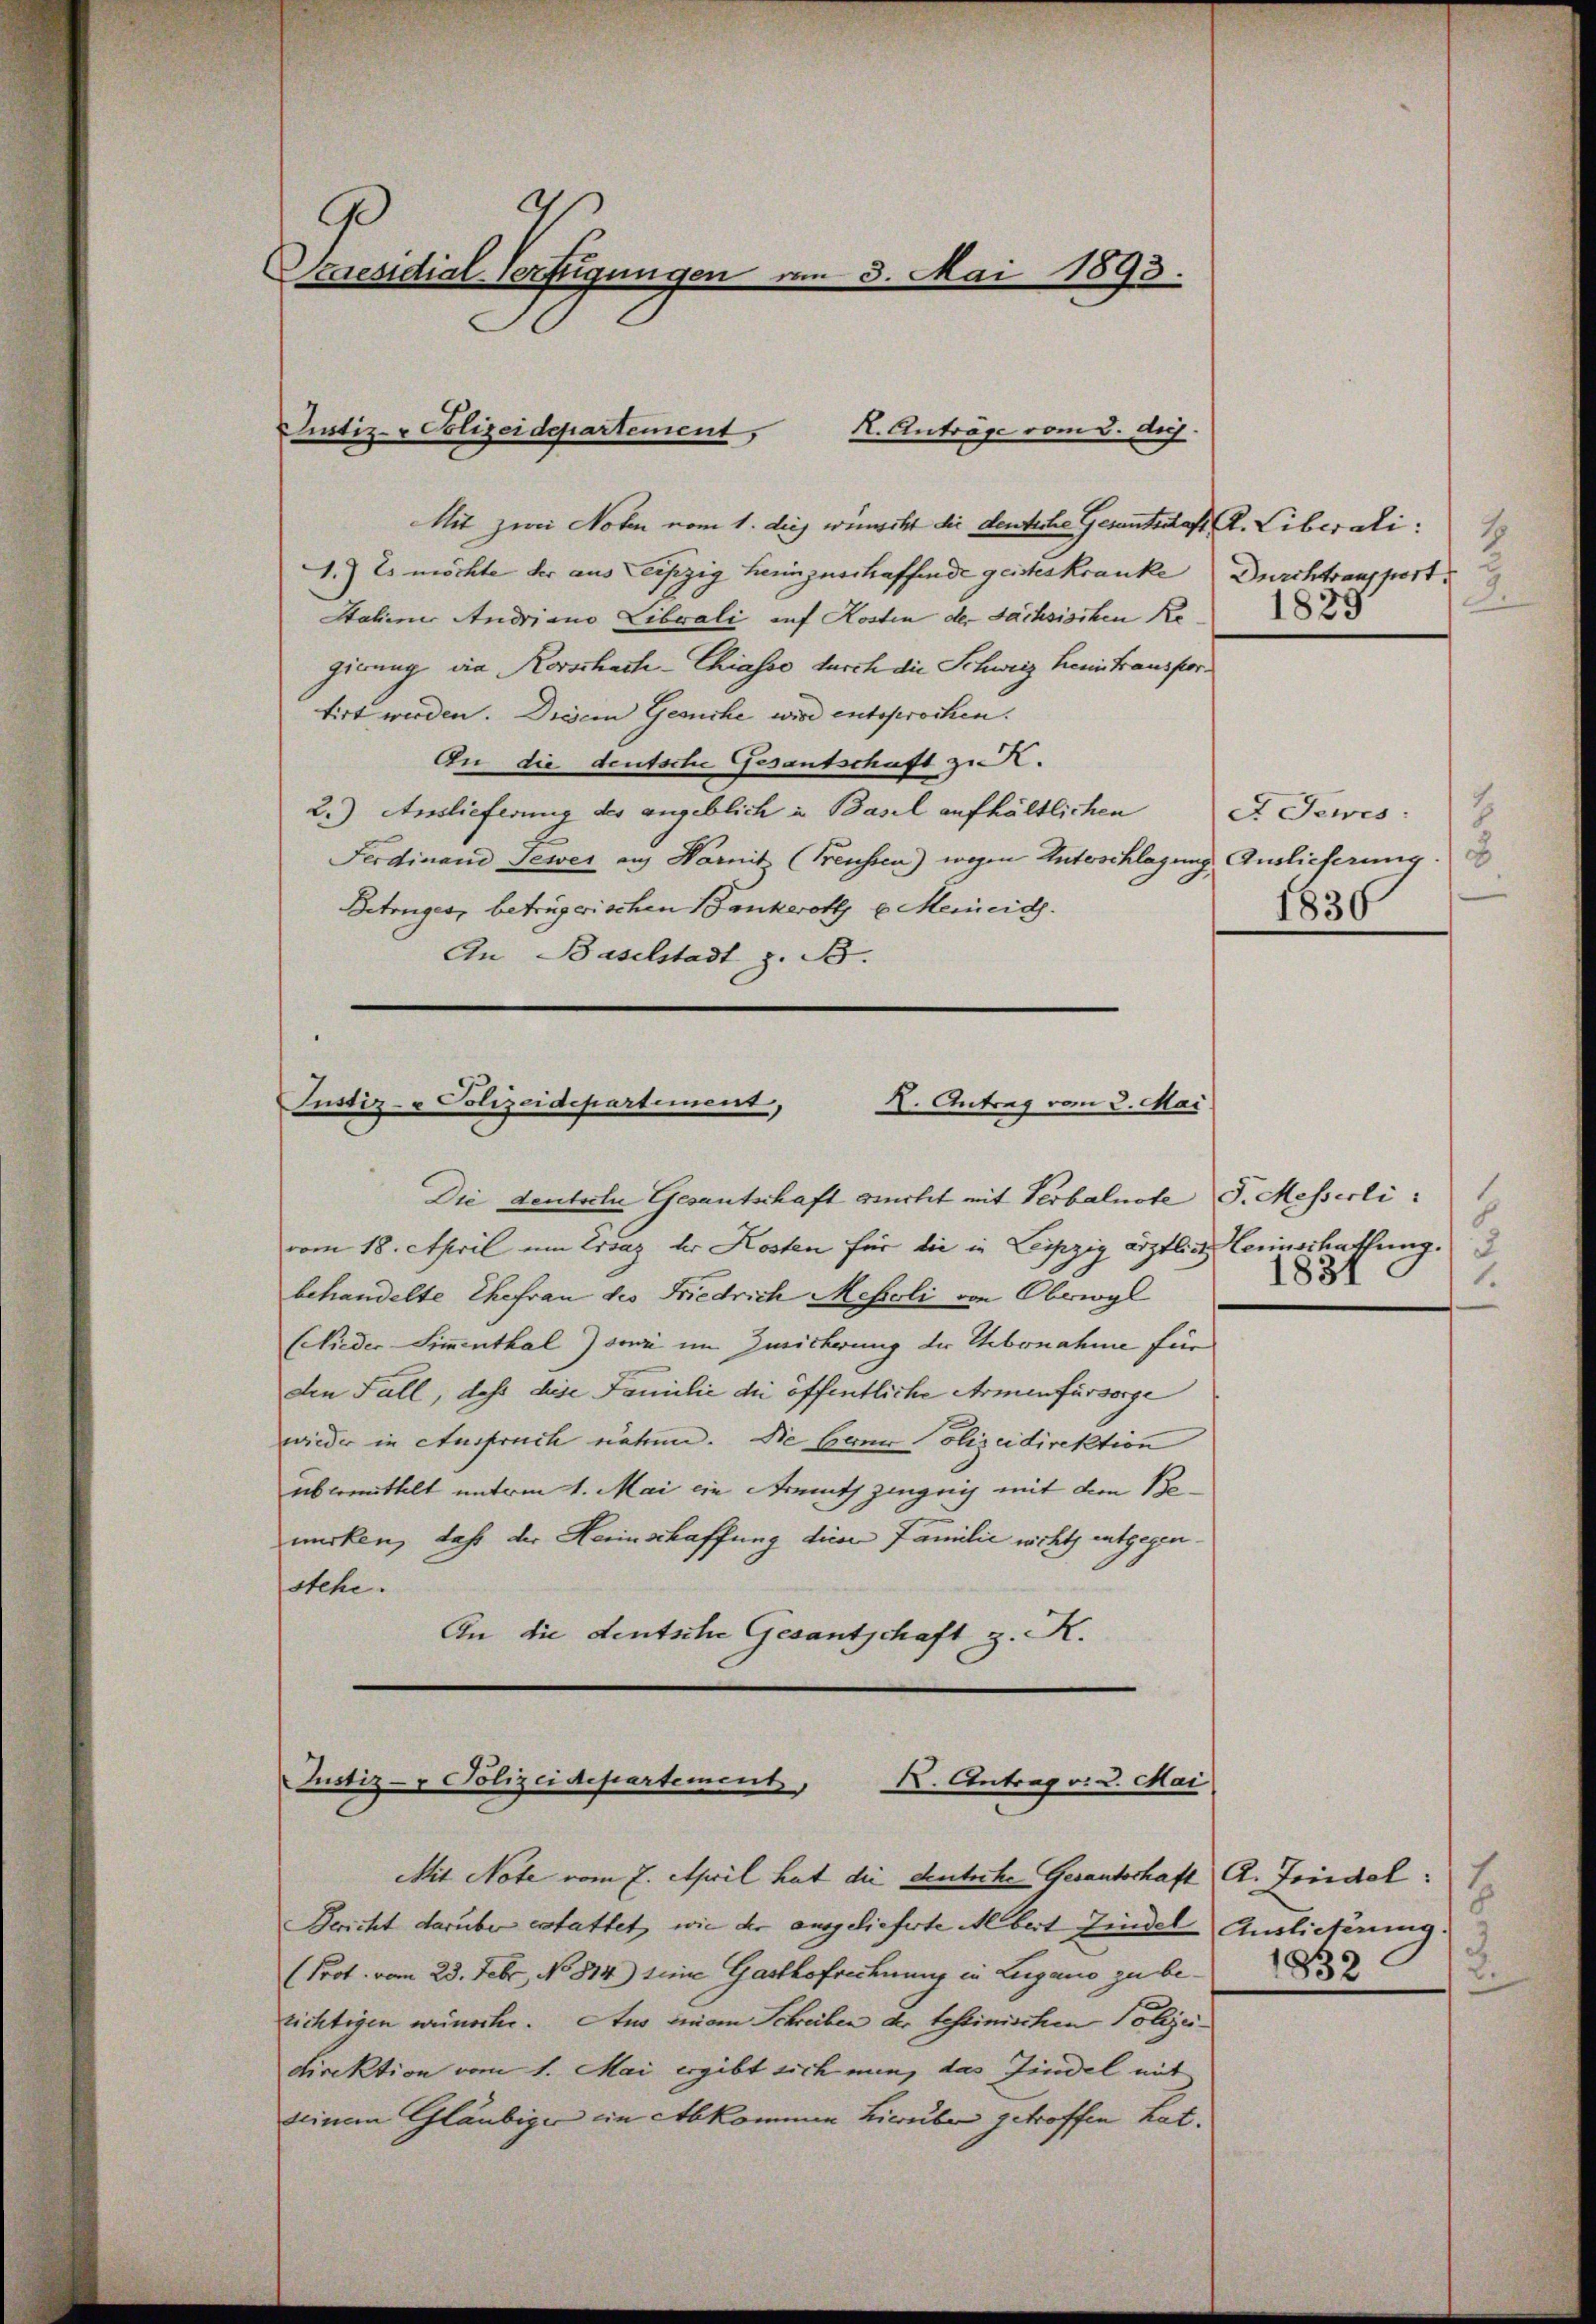
G
Praesidial-Verfügungen vom 3. Mai 1893.

K. Anträge vom 2. Aug.
Justiz-Polizeidepartement,

Mit zwei Noten vom 1. des wünscht die deutsche Gesantritt A. Liberali:
1.) Es möchte der aus einzig heimzuschaffende geisteskranke Durchtransport
Stahenes Andriano Liberali auf Kosten der Sachsischen Re
gierung die Korschach-Chiasso durch die Schweiz heimtransportirt werden. Diesem Gesuche wird entsprochen.
An die deutsche Gesantschaft zu K.
2.) Auslieferung der angeblich in Basel aufhältlichen
et Jowes.
Ferdinand Tewer auf Harnit (Freussen) wegen Unterschlagung Auslieferung.
Betrugen, betrügerischen Bankerott u. Meinert.
An Baselstadt z. B.

Justiz- & Polizeidepartement,
X. Antrag vom 2. Mai

Die deutsche Gesantschaft sicht mit Verbalnote J. Messerli
vom 18. April um Ersaz der Kosten für die in Leipzig ärztlich einschaffung.
behandelte Ehefrau des Friedrich Mesoli von Oberwyl
(Wieder Simmenthal Jona im Zwickerung der Uebernahme für
den Fall, dass diese Familie die öffentliche Armenfürsorge
wieder in Ausfruch nähen. Sie bene Polizeidirektion
übermittelt unterm 1. Mai ein Armuth zeugnis mit dem Bemirken, daß der Herinschaffung diese Familie nicht entgegenstehe.
An die deutsche Gesantschaft z. K.

Justiz- & Polizei Repartement
X. Antrag v. u. Mai
Mit Note vom 7. April hat die Deutsche Gesantschaft A. Friedel:

Bericht darüber erstattet, wie der ausgelieferte Albert findel Auslieferung.
(Prot. vom 23. Febr., No 814) seine Gasthofrechnung in Lugano zu berichtigen weinsche. Aus einem Schreiben der testinischen Polizei¬
Direktion vom 1. Mai ergibt sich nun, das Findel mit
seinem Gläubiger in Abkommen Lieuber getroffen hat.

1.
2.

7
1830

1
831
1.

1832.
2.